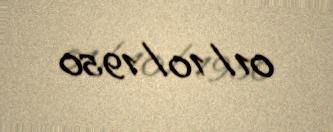
01/10/1950